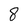
Character: 8